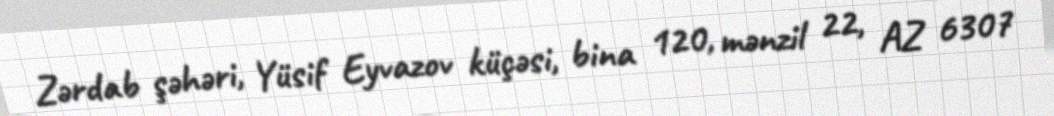
Zərdab şəhəri, Yüsif Eyvazov küçəsi, bina 120, mənzil 22, AZ 6307